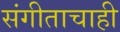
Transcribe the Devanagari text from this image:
संगीताचाही